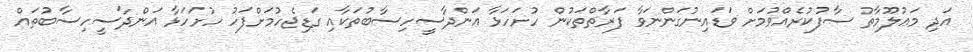
އަދި މަޢުލޫމާތު ސާފުކުރެއްވުމަށް ވަޑައިނުގަންނަވާ ފަރާތްތަކުން ހުށަހަޅާ އަންދާސީހިސާބުތަކާއި ގަޑިޖެހުމަށްފަހު ހުށަހަޅާ އަންދާސީހިސާބުތައް